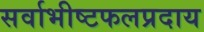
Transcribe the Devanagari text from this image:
सर्वाभीष्टफलप्रदाय